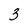
Character: 3